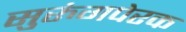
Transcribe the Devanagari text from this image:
सुरुंगपेरक